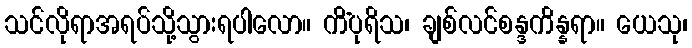
သင်လိုရာအရပ်သို့သွားရပါလော။ ကိံပုရိသ၊ ချစ်လင်စန္ဒကိန္နရာ။ ယေသု၊